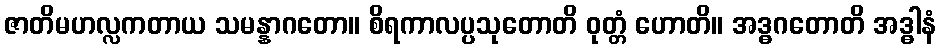
ဇာတိမဟလ္လကတာယ သမန္နာဂတော။ စိရကာလပ္ပသုတောတိ ဝုတ္တံ ဟောတိ။ အဒ္ဓဂတောတိ အဒ္ဓါနံ